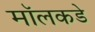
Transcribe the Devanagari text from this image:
मॉलकडे